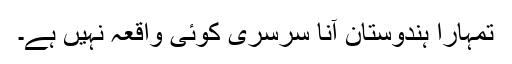
تمہارا ہندوستان آنا سرسری کوئی واقعہ نہیں ہے۔